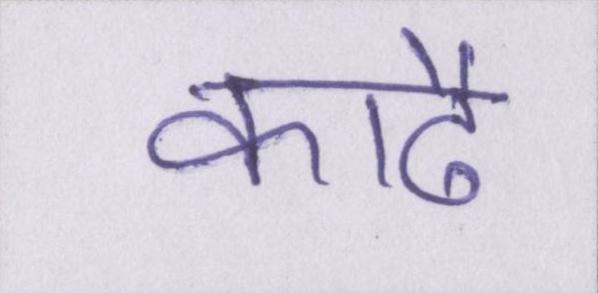
काढै